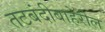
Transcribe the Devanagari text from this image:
तटबंदीबाहेरील